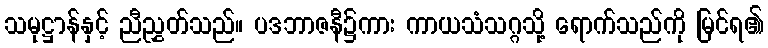
သမုဋ္ဌာန်နှင့် ညီညွှတ်သည်။ ပဒဘာဇနီ၌ကား ကာယသံသဂ္ဂသို့ ရောက်သည်ကို မြင်ရ၏